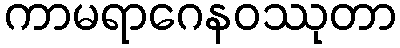
ကာမရာဂေနဝဿုတာ